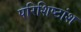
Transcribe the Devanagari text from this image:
परिशिष्टांश